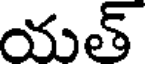
యత్